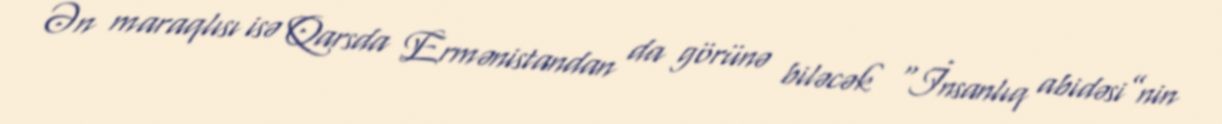
Ən maraqlısı isə Qarsda Ermənistandan da görünə biləcək “İnsanlıq abidəsi”nin